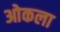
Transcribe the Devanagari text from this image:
ओकला